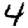
Digit: 4